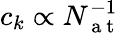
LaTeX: c_{k}\propto N_{\mathrm{~a~t~}}^{-1}